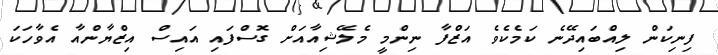
ފިނިކަން ލިއްބައިދޭނެ ކަމެކެވެ އަޒްފާ ނިންމީ މެލޭޝިއާއަށް ގޮސްފައި އައިސް އިޒްޔާންއާ އެވާހަކަ